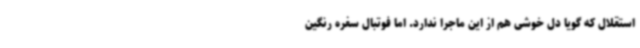
استقلال که گویا دل خوشی هم از این ماجرا ندارد. اما فوتبال سفره رنگین